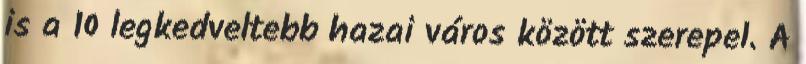
is a 10 legkedveltebb hazai város között szerepel. A